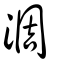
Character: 淍